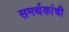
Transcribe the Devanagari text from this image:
समर्थकांची